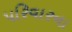
પરિવારના